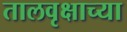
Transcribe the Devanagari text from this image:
तालवृक्षाच्या